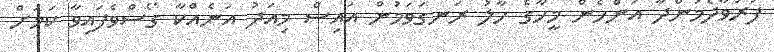
ފަރުވާދެމުންދާ އަންހެން މީހާގެ ހާލު ރަނގަވަމުން އައިސް މިއަދު އަނެއްކާ ގޯސްވެފައިވާ ކަމަށް